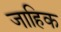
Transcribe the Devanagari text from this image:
जाहिक